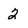
Character: 2